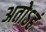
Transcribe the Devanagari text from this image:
अतोऽहं